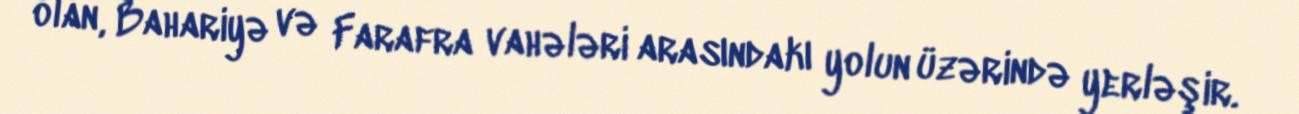
olan, Bahariyə və Farafra vahələri arasındakı yolun üzərində yerləşir.